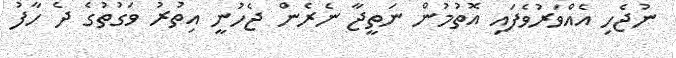
ނުޖެހި އެއްވަރުވެފައި އޮތުމުން ނަތީޖާ ނެރެން ޖެހުނީ އިތުރު ވަގުތުގެ ދެ ހާފު